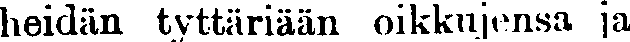
heidän tyttäriään oikkujensa ja